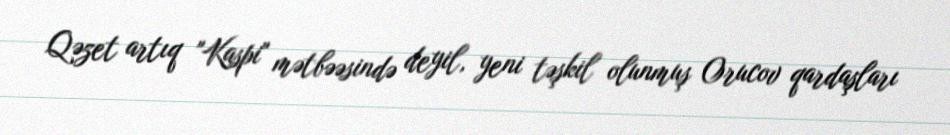
Qəzet artıq "Kaspi" mətbəəsində deyil, yeni təşkil olunmuş Orucov qardaşları